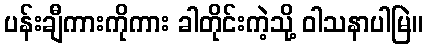
ပန်းချီကားကိုကား ခါတိုင်းကဲ့သို့ ဝါသနာပါမြဲ။